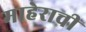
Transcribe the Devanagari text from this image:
माहेराची